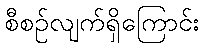
စီစဉ်လျက်ရှိကြောင်း